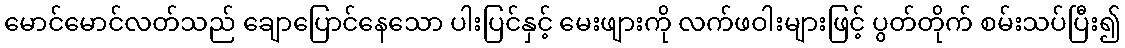
မောင်မောင်လတ်သည် ချောပြောင်နေသော ပါးပြင်နှင့် မေးဖျားကို လက်ဖဝါးများဖြင့် ပွတ်တိုက် စမ်းသပ်ပြီး၍